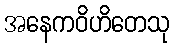
အနေကဝိဟိတေသု